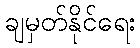
ချမှတ်နိုင်ရေး